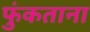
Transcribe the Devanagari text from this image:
फुंकताना